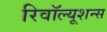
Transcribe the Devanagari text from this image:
रिवॉल्यूशन्स